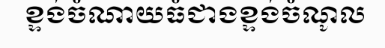
ខ្ទង់ចំណាយធំជាងខ្ទង់ចំណូល